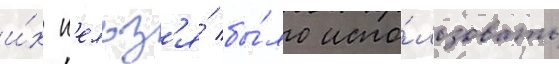
и́х н'ельз'я́ бы́ло испо́льзовать